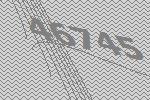
46745